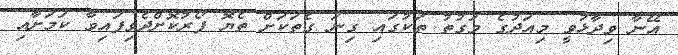
އޭނާ ވިދާޅުވީ މިއަދުގެ ވަގުތު ތަކުގައި ގިނަ ގެތަކަށް ތެޔޮ ފޯރުކޮށްދެވިފައިވާ ކަމަށާއި